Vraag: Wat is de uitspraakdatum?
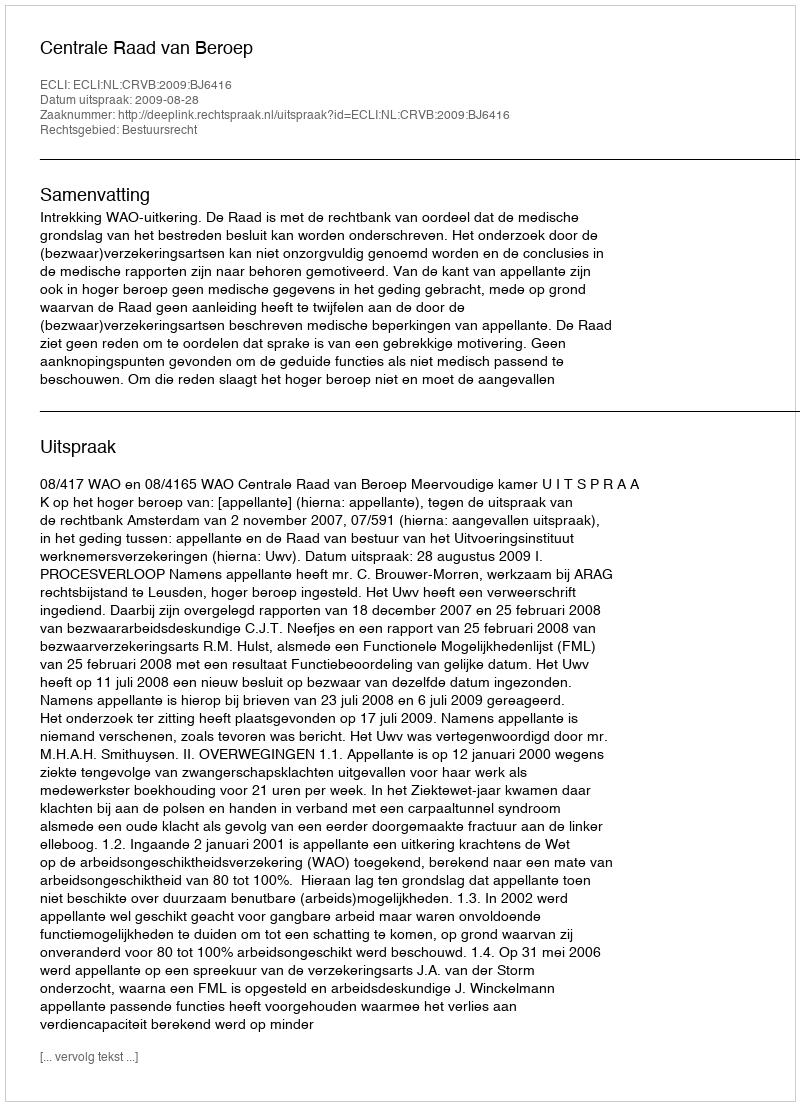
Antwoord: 2009-08-28